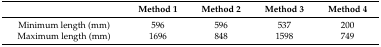
<table><thead><tr><td></td><td><b>Method 1</b></td><td><b>Method 2</b></td><td><b>Method 3</b></td><td><b>Method 4</b></td></tr></thead><tbody><tr><td>Minimum length (mm)</td><td>596</td><td>596</td><td>537</td><td>200</td></tr><tr><td>Maximum length (mm)</td><td>1696</td><td>848</td><td>1598</td><td>749</td></tr></tbody></table>